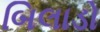
બિલાડો